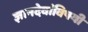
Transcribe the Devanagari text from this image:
ज्ञानदेवांविषयी